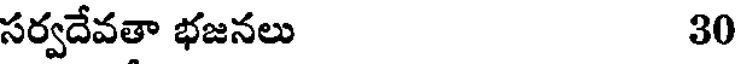
సర్వదేవతా భజనలు 30